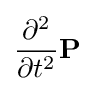
{\frac {\partial ^{2}}{\partial t^{2}}}{\mathbf {P} }